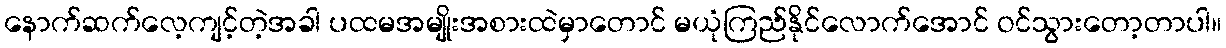
နောက်ဆက်လေ့ကျင့်တဲ့အခါ ပထမအမျိုးအစားထဲမှာတောင် မယုံကြည်နိုင်လောက်အောင် ဝင်သွားတော့တာပါ။